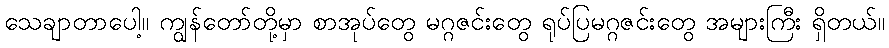
သေချာတာပေါ့။ ကျွန်တော်တို့မှာ စာအုပ်တွေ မဂ္ဂဇင်းတွေ ရုပ်ပြမဂ္ဂဇင်းတွေ အများကြီး ရှိတယ်။